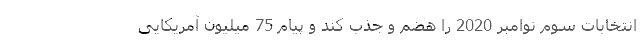
انتخابات سوم نوامبر 2020 را هضم و جذب کند و پیام 75 میلیون آمریکایی